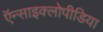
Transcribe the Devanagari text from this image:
ऍन्साइक्लोपीडिया